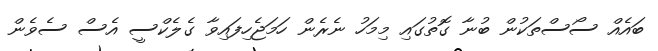
ބައެއް ސޯސްތަކުން ބުނާ ގޮތުގައި މިމަހު ނެރެން ހަމަޖެހިފައިވާ ގެލެކްސީ އެސް ސެވެން